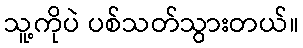
သူ့ကိုပဲ ပစ်သတ်သွားတယ်။